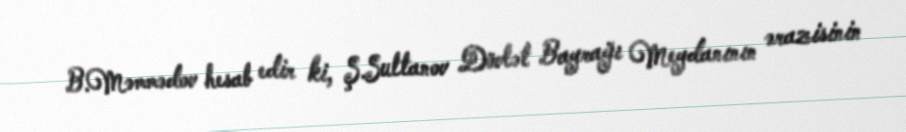
B.Məmmədov hesab edir ki, Ş.Sultanov Dövlət Bayrağı Meydanının ərazisinin